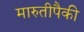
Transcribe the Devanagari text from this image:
मारुतीपैकी